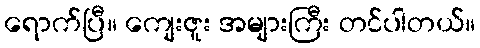
ရောက်ပြီ။ ကျေးဇူး အများကြီး တင်ပါတယ်။